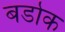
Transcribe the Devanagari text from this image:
बर्डाक